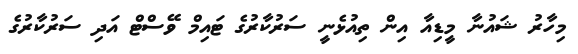
މިހާރު ޝައުނާ މީޑިއާ އިން ތިއުޅެނީ ސަރުކާރުގެ ޓައިމް ވޭސްޓް އަދި ސަރުކާރުގެ